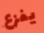
يفزع